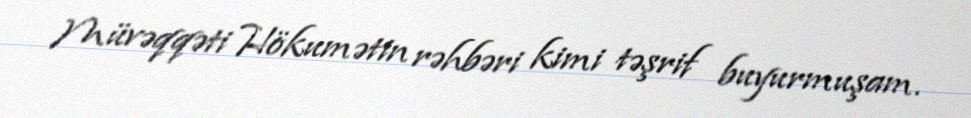
Müvəqqəti Hökumətin rəhbəri kimi təşrif buyurmuşam.